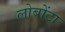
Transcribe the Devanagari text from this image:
लोबोंटा